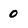
Character: 0